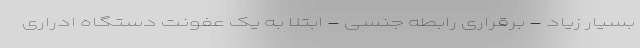
بسیار زیاد - برقراری رابطه جنسی - ابتلا به یک عفونت دستگاه ادراری